Civil Veterinary Department Bihar & Orissa reports 1922-29 - 1922-1929
Year: 1922
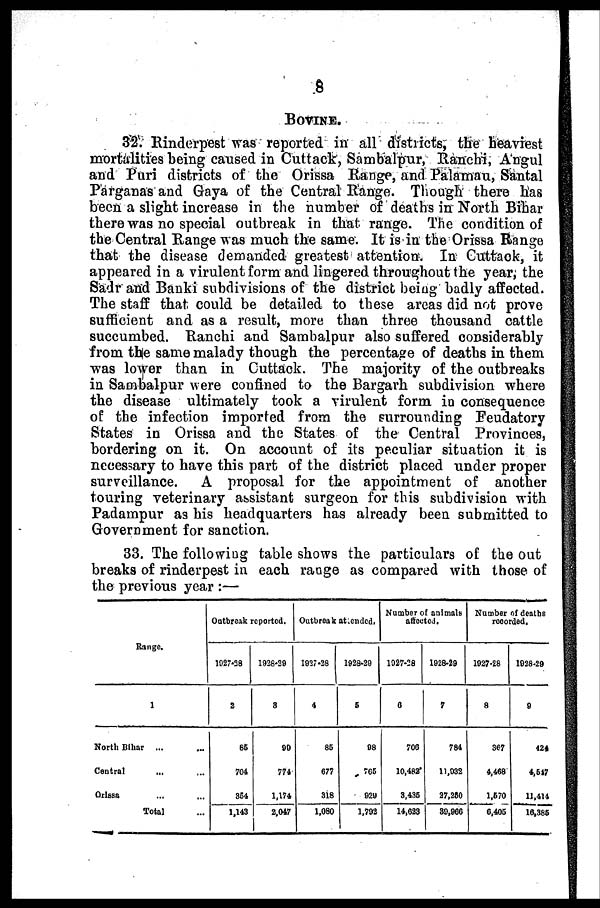
8
BOVINE.
32. Rinderpest was reported in all districts, the heaviest
mortalities being caused in Cuttack, Sambalpur, Ranchi, Angul
and Puri districts of the Orissa Range, and Palamau, Santal
Parganas and Gaya of the Central Range. Though there has
been a slight increase in the number of deaths in North Bihar
there was no special outbreak in that range. The condition of
the Central Range was much the same. It is in the Orissa Range
that the disease demanded greatest attention. In Cuttack, it
appeared in a virulent form and lingered throughout the year, the
Sadr and Banki subdivisions of the district being badly affected.
The staff that could be detailed to these areas did not prove
sufficient and as a result, more than three thousand cattle
succumbed. Ranchi and Sambalpur also suffered considerably
from the same malady though the percentage of deaths in them
was lower than in Cuttack. The majority of the outbreaks
in Sambalpur were confined to the Bargarh subdivision where
the disease ultimately took a virulent form in consequence
of the infection imported from the surrounding Feudatory
States in Orissa and the States of the Central Provinces,
bordering on it. On account of its peculiar situation it is
necessary to have this part of the district placed under proper
surveillance.
A proposal for the appointment of another
touring veterinary assistant surgeon for this subdivision with
Padampur as his headquarters has already been submitted to
Government for sanction.
33. The following table shows the particulars of the out
breaks of rinderpest in each range as compared with those of
the previous year :—
Range.
1
North Bihar ... ...
Central ... ...
Orissa ... ...
Total
Outbreak reported.
1927-28
2
85
704
854
1,143
1928-29
3
99
774
1,174
2,047
Outbreak attended.
1927-28
4
86
677
318
1,080
1928-29
5
98
706
920
1,792
Number of animals
affected.
1927-28
6
706
10,482*
3,436
14,623
1928-29
7
784
11,032
27,260
39,966
Number of deaths
recorded.
1927-28
8
367
4,468
1,670
6,405
1928-29
9
424
4,547
11,414
16,385